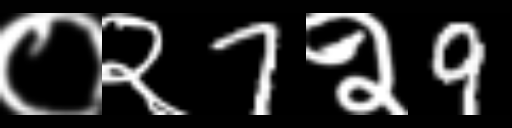
Text: ०२7२9